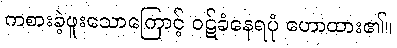
ကစားခဲ့ဖူးသောကြောင့် ဝဋ်ခံနေရပုံ ဟောထား၏။